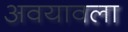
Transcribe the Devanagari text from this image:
अवयावला